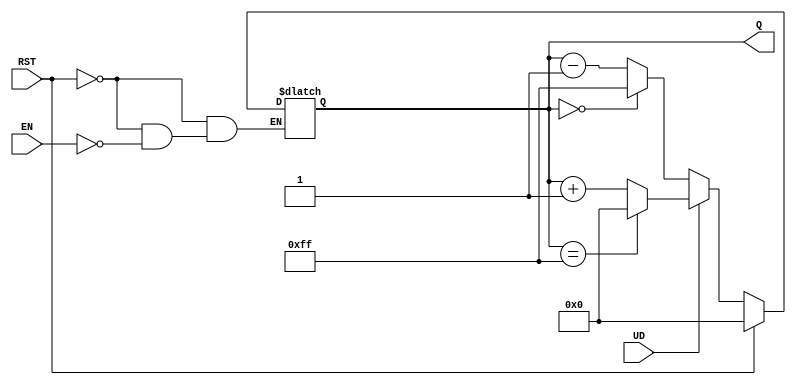
module UpDownCounter (
    input wire UD,       // Up/Down control signal
    input wire EN,       // Enable signal
    input wire RST,      // Asynchronous reset signal
    output reg [7:0] Q   // 8-bit output for count
);

// Asynchronous reset and counting logic
always @(*) begin
    if (RST) begin
        Q = 8'b00000000; // Reset counter to zero
    end else if (EN) begin
        if (UD) begin
            if (Q == 8'b11111111) begin
                Q = 8'b00000000; // Wrap around to zero on increment
            end else begin
                Q = Q + 1; // Count up
            end
        end else begin
            if (Q == 8'b00000000) begin
                Q = 8'b11111111; // Wrap around to max value on decrement
            end else begin
                Q = Q - 1; // Count down
            end
        end
    end
end

endmodule